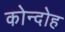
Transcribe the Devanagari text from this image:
कोन्‍दोह